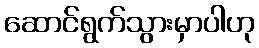
ဆောင်ရွက်သွားမှာပါဟု